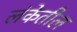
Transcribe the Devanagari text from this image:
लंकेतील